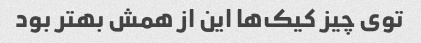
توی چیز کیک‌ها این از همش بهتر بود